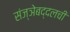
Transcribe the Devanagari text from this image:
संज्ञेबद्दलची